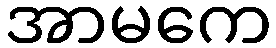
အာမကေ